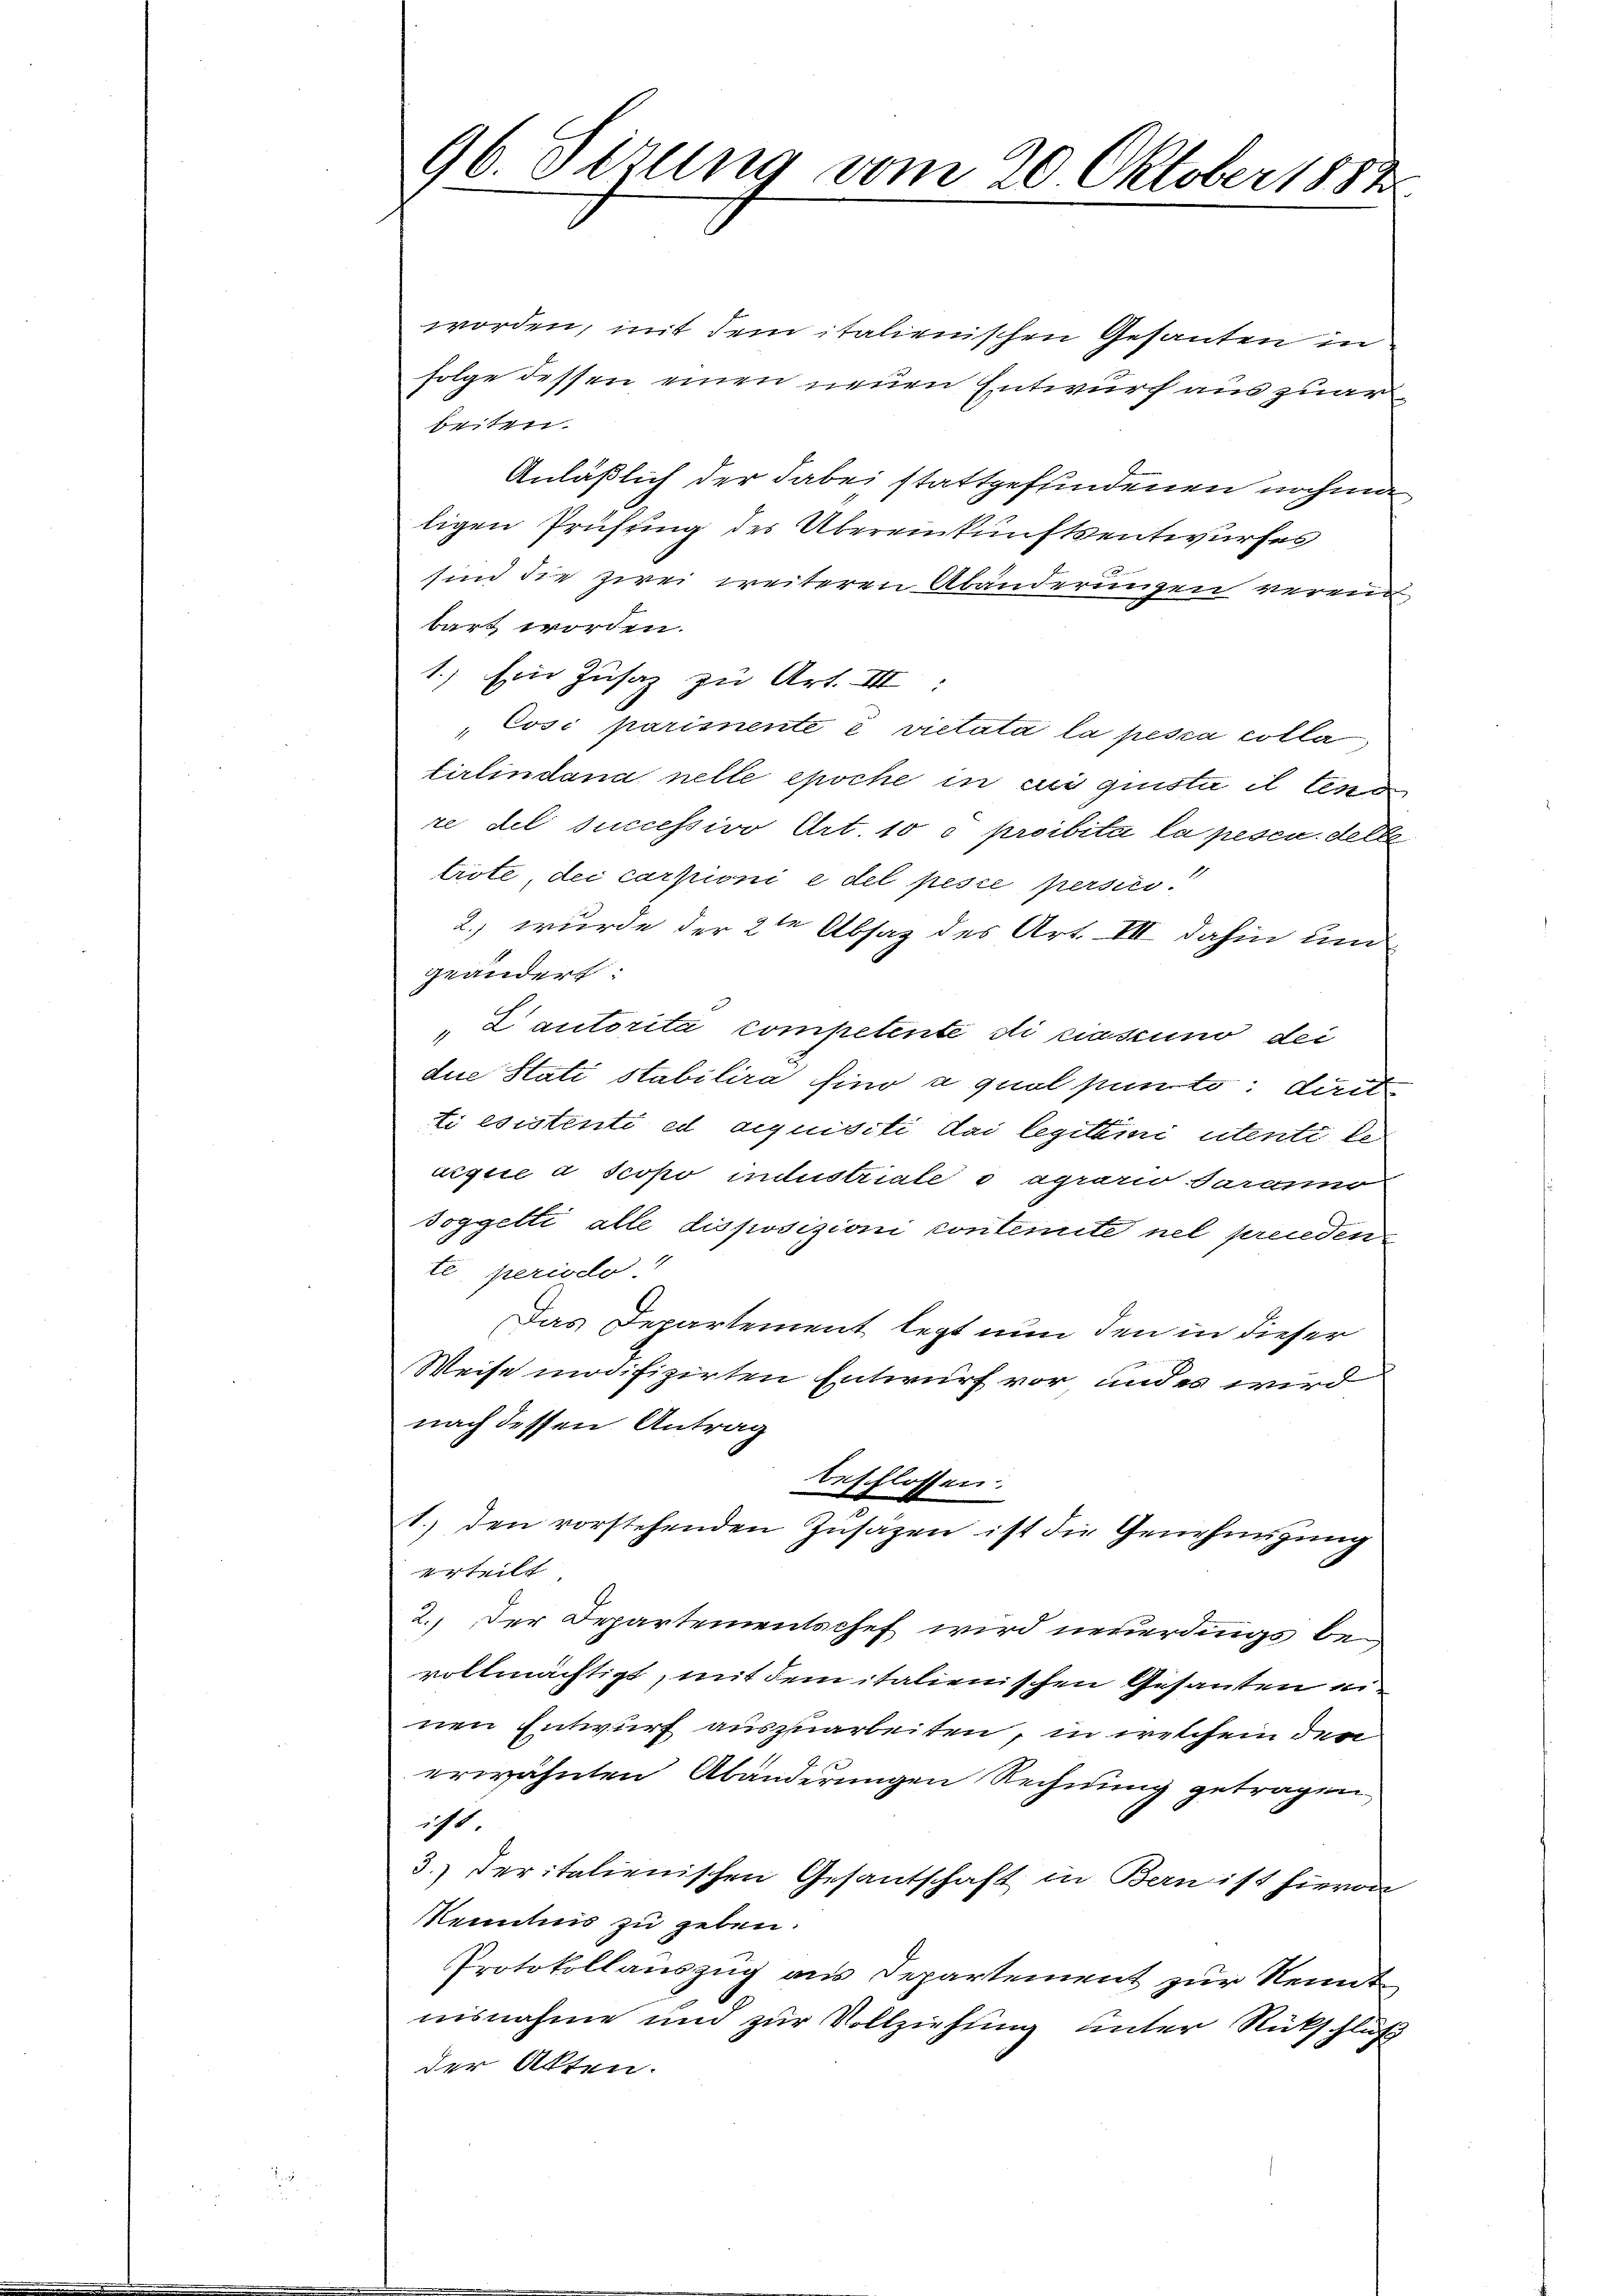
96. Sizung vom 20. Oktober 1883

worden, mit dem italienischen Gesanten in
folge dessen einen neuen Entwurf auszuar
beiten.
Anläßlich der dabei stattgefundenen nochma
ligen Prüfung der Übereinkunftsentwurfes
sind die zwei weiteren Abänderungen vereinbart worden.
1.) Ein Zusaz zu Art. III:
„ Cosi parimente e vietata la pesca colle
tirlindana nelle epoche in cui quista il tend
re del successivo Art. 10 c. proibita la pesen. delle
triote, dei carpioni e del pesie persic
2.) wurde der 2ten Absaz des Art. III dahin und
geändert:
„Lautorita competente di ciascuno dei
die Stati stabilira sino a quol punto dirit
ti esistente ed aequisiti dai legitimi utente leuigue à Jcopo industriale o agrario daranno
soggetti alle disposizioni contemite nel prenden
te periodo
Das Departement legt nun den in dieser
Weise modifizirten Entwurf vor und es wird
nach dessen Antrag
beschlossen.
1.) den vorstehenden Zusäzen ist die Genehmigung
ilt
2.) Der Departementschef wird neuerdings bevollmächtigt, mit dem italienischen Gesanten ein
nen Entwurf auszuarbeiten, in welchem den
erwähnten Abänderungen Rechnung getragen
icht.
3.) Deritalienischen Gesantschaft in Bernist hievon
Kenntnis zu geben.
Protokollauszug aus Departement zur Kennt
nisnahme und zur Vollziehung unter Rückschluß
der Akten.